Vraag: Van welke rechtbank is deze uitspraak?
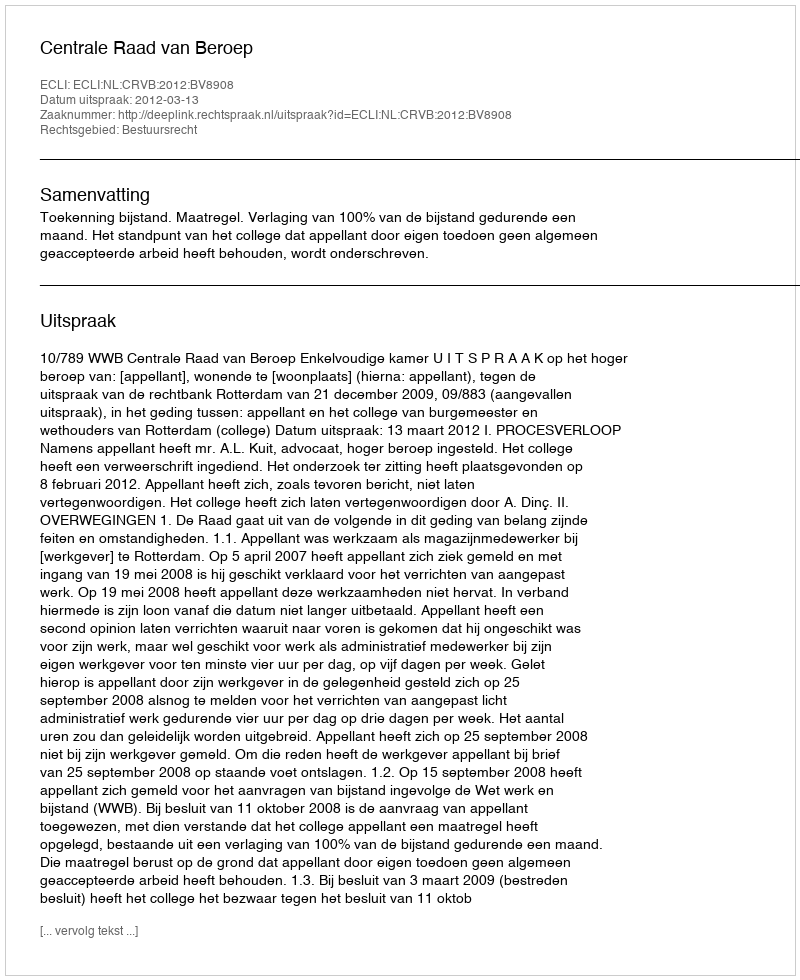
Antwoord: Centrale Raad van Beroep